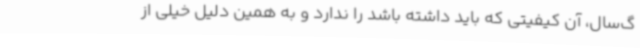
گ‌سال، آن کیفیتی که باید داشته باشد را ندارد و به همین دلیل خیلی از